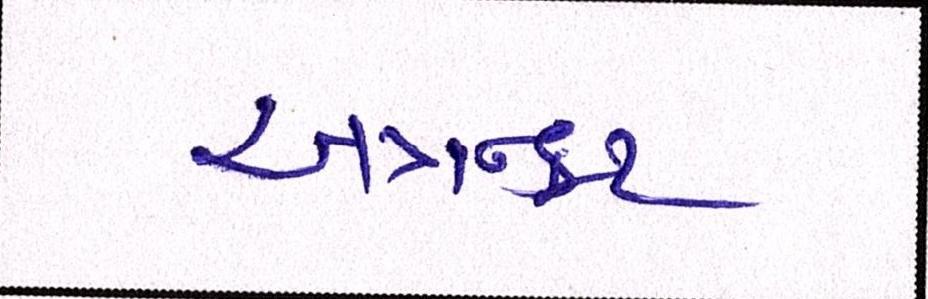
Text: અન્નકૂટ